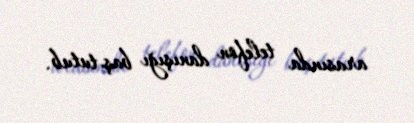
arasında telefon danışığı baş tutub.